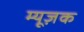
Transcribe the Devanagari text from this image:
म्यूज़क